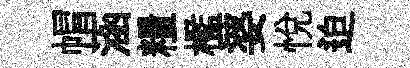
㡌涵糧檻婆悅迫